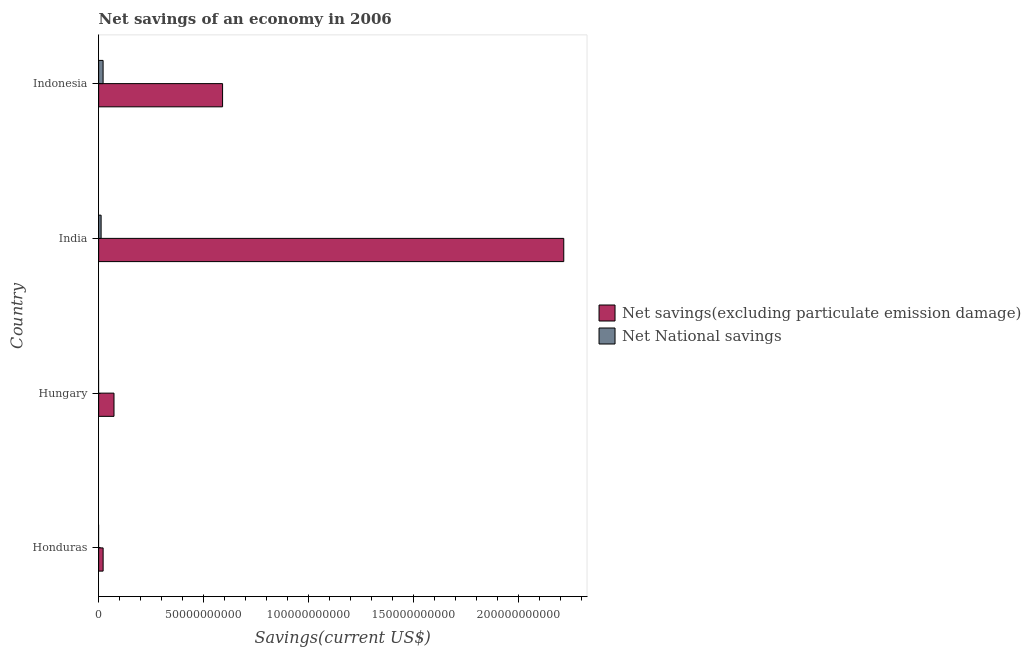
| Country | Net savings(excluding particulate emission damage) | Net National savings |
 | --- | --- | --- |
 | Honduras | 2.14e+09 | -8.54e+07 |
 | Hungary | 7.33e+09 | -6.62e+07 |
 | India | 2.22e+11 | 1.18e+09 |
 | Indonesia | 5.91e+10 | 2.13e+09 |